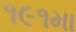
૧૯૧મા